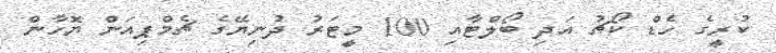
ކުރީގެ ހެޑް ކޯޗު އަދި ބޯލްޓާއި 100 މީޓަރު ދުނިޔޭގެ ޗެމްޕިއަން ޔޮހާން